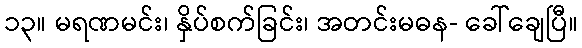
၁၃။ မရဏမင်း၊ နှိပ်စက်ခြင်း၊ အတင်းမဓန- ခေါ်ချေပြီ။